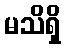
မသိရှိ